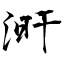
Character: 涆